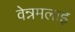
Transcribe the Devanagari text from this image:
वेन्नमलाई